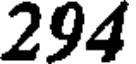
294